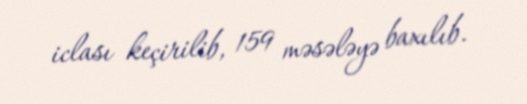
iclası keçirilib, 159 məsələyə baxılıb.